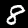
Label: 8